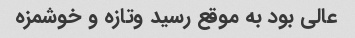
عالی بود به موقع رسید وتازه و خوشمزه